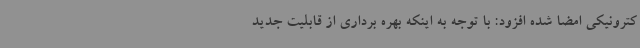
کترونیکی امضا شده افزود: با توجه به اینکه بهره برداری از قابلیت جدید